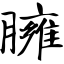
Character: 臃